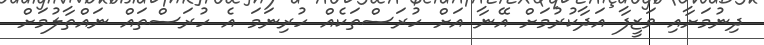
ދިނުމަށާއި ވަޒީފާ އަދާކުރުމަށް އޭނާ އަށް ހުރަސްތަކެއް ހުރިނަމަ އެ ހުރަސްތައް ނައްތާލުމަށް